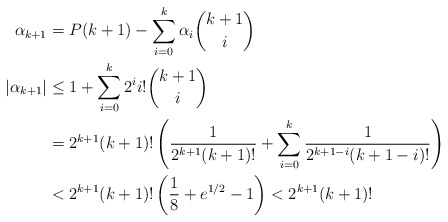
\begin{align*}\alpha_{k+1}&=P(k+1)-\sum_{i=0}^k\alpha_i\binom{k+1}{i}\\\vert\alpha_{k+1}\vert&\leq 1+\sum_{i=0}^k 2^i i!\binom{k+1}{i}\\&=2^{k+1}(k+1)!\left(\frac{1}{2^{k+1}(k+1)!}+\sum_{i=0}^k\frac{1}{2^{k+1-i}(k+1-i)!}\right)\\&<2^{k+1}(k+1)!\left(\frac{1}{8}+e^{1/2}-1\right)<2^{k+1}(k+1)!\end{align*}